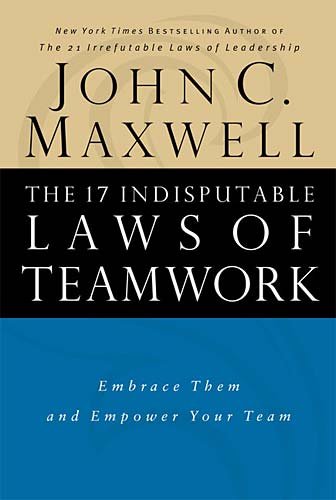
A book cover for The 17 Indisputable Laws of Teamwork: Embrace Them and Empower Your Team; John C. Maxwell; Christian Books & Bibles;